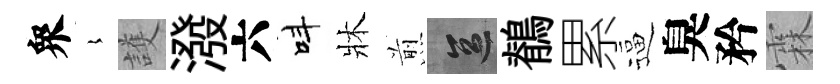
衆𡻕護潑六呌牀煎區鶺累逼臭矜霖